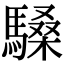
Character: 䮣